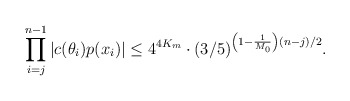
\begin{align*}\prod \limits_{i=j}^{n-1} |c(\theta_i)p(x_i)| \leq 4^{4K_m} \cdot (3/5)^{\left(1 - \frac1{M_0} \right)(n-j)/2}.\end{align*}